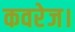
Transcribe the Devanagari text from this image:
कवरेज।